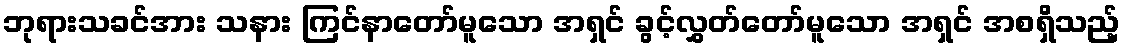
ဘုရားသခင်အား သနား ကြင်နာတော်မူသော အရှင် ခွင့်လွှတ်တော်မူသော အရှင် အစရှိသည့်